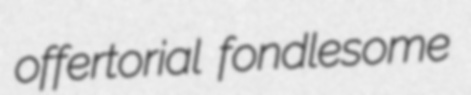
offertorial fondlesome